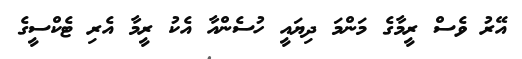
އޭރު ވެސް ރީމާގެ މަންމަ ދިޔައީ ހުސެންއާ އެކު ރީމާ އެރި ޓެކްސީގެ